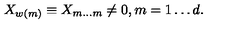
X _ { w ( m ) } \equiv X _ { m \ldots m } \neq 0 , m = 1 \ldots d .